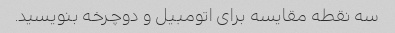
سه نقطه مقایسه برای اتومبیل و دوچرخه بنویسید.